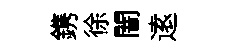
鎸徐闇逺